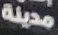
مدينة